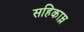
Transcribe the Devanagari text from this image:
सहिकाम्ल